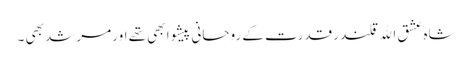
شاہ عشق اﷲ قلندر قدرت کے روحانی پیشوا بھی تھے اور مرشد بھی ۔